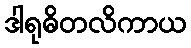
ဒါရုဓိတလိကာယ